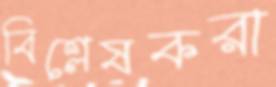
বিশ্লেষকরা